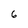
Character: 6